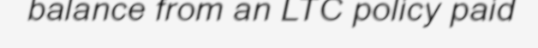
balance from an LTC policy paid